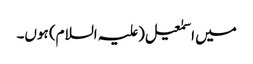
میں اسمٰعیل(علیہ السلام) ہوں۔